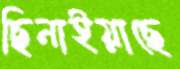
ছিনাইয়াছে